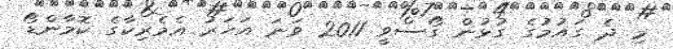
މި ދެ ގައުމުގެ ގުޅުން ގޯސްވީ 2011 ވަނަ އަހަރު އެމެރިކާގެ ކޮމާންޑޯ